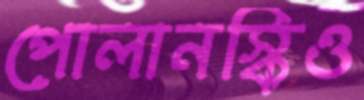
পোলানস্কিও